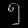
Digit: ၅